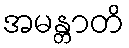
အမန္တာတိ